Medical and sanitary report of the native army of Bengal for the year
Year: 1876
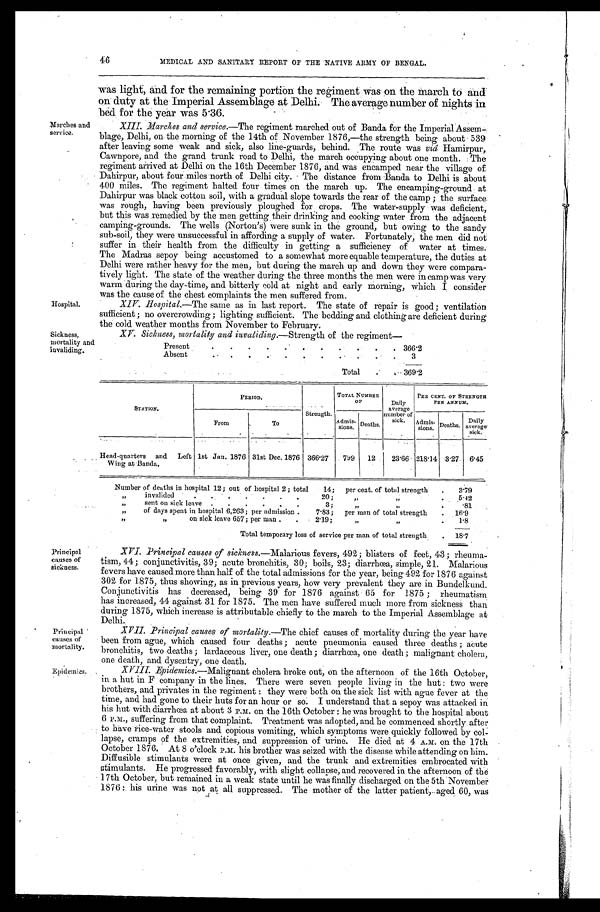
Principal
causes of
mortality.
Epidemics.
46
MEDICAL AND SANITARY REPORT OF THE NATIVE ARMY OF BENGAL.
Marches and
service.
Hospital.
was light, and for the remaining portion the regiment was on the march to and
on duty at the Imperial Assemblage at Delhi. The average number of nights in
bed for the year was 5.36.
XIII. Marches and service.—The regiment marched out of Banda for the Imperial Assem
-blage, Delhi, on the morning of the 14th of November 1876,—the strength being about 539
after leaving some weak and sick, also line-guards, behind. The route was vid Hamirpur,
Cawnpore, and the grand trunk road to Delhi, the march occupying about one month. The
regiment arrived at Delhi on the 16th December 1876, and was encamped near the village of.
Dahirpur, about four miles north of Delhi city. The distance from Banda to Delhi is about
400 miles. The regiment halted four times on the march up. The encamping-ground at
Dahirpur was black cotton soil, with a gradual slope towards the rear of the camp; the surface
was rough, having been previously ploughed for crops. The water-supply was deficient,
but this was remedied by the men getting their drinking and cooking water from the adjacent
camping-grounds. The wells (Norton's) Were sunk, in the ground, but owing to the sandy
sub-soil, they were unsuccessful in affording a supply of water. Fortunately, the men did not
suffer in their health from the difficulty in getting a sufficiency of water at times.
The Madras sepoy being accustomed to a somewhat more equable temperature, the duties at
Delhi were rather heavy for the men, but during the march up and down they were compara
-tively light. The state of the weather during the three months the men were in camp was very
warm during the day-time, and bitterly cold at night and early morning, which I consider
was the cause of the chest complaints the men suffered from.
XIV. Hospital.—The same as in last report. The state of repair is good; ventilation
sufficient; no overcrowding; lighting sufficient. The bedding and clothing are deficient during
the cold weather months from November to February.
Sickness,
mortality and
invaliding.
XV. Sickness, mortality and invaliding.— Strength of the regiment—
Present
.
.
. 366.2
Absent
.
.
.
3
Total . . . 369.2
STATION.
P E R I O D .
Strength.
TOTAL NUMBER
OF
Daily
average
number of
sick.
PER CENT. OF STRENGTH
PER ANNUM.
From
To
Admis-
sions. Deaths.
A d m i s - s i o n s . Deaths.
Dai l y aver age si ck.
Head-quarters and Left
Wing at Banda.
1st Jan. 1876 31st Dec. 1876 366.27
799
12
23.66 218.14 3.27 6.45
Number of deaths in hospital 12; out of hospital 2; total 14; per cent. of total strength . . .
3.79
" invalided 20; " " . . .
5.42
" sent on sick leave . . . 3; " " . . .
.81
"
of days spent in hospital 6,263; per admission..
7.83; per man of total strength . . .
.16.9
" " on sick leave 657; per man . . . 2.19; " "
1.8
Total temporary loss of service per man of total strength . . .
18.7
Principal
causes of
sickness.
XVI. Principal causes of sickness .—Malarious fevers, 492; blisters of feet, 43; rheuma
-tism, 44; conjunctivitis, 39; acute bronchitis, 30; boils, 23; diarrhœa, simple, 21. Malarious
fevers have caused more than half of the total admissions for the year, being 492 for 1876 against
302 for 1875, thus showing, as in previous years, how very prevalent they are in Bundelkund.
Conjunctivitis has decreased, being 39 for 1876 against 65 for 1875; rheumatism
has increased, 44 against 31 for 1875. The men have suffered much more from sickness than
during 1875, which increase is attributable chiefly to the march to the Imperial Assemblage at
Delhi.
XVII. Principal causes of mortality.— The chief causes of mortality during the year have
been from ague, which caused four deaths; acute pneumonia caused three deaths; acute
bronchitis, two .deaths; lardaceous liver, one death; diarrhœa, one death; malignant cholera,
one death, and dysentrv, one death.
XVIII. Epidemics .—Malignant cholera broke out, on the afternoon of the 16th October,
in a hut in F company in the lines. There were seven people living in the hut: two were
brothers, and privates in the regiment: they were both on the sick list with ague fever at the
time, and had gone to their huts for an hour or so. I understand that a sepoy was attacked in
his hut with diarrhœa at about 3 P.M. on the 16th October: he was brought to the hospital about
6 P.M., suffering from that complaint. Treatment was adopted, and he commenced shortly after
to have rice-water stools and copious vomiting, which symptoms were quickly followed by col
- l a p s e , c r a m p s o f t h e e x t r e m i t i e s , a n d s u p p r e s s i o n o f u r i n e . H e d i e d a t 4 A . M . o n t h e 1 7 t h
October 1876. At 8 o'clock P.M. his brother was seized with the disease while attending on him.
Diffusible stimulants were at once given, and the trunk and extremities embrocated with
Stimulants. He progressed favorably, with slight. collapse, and recovered in the afternoon of the
17th October, but remained in a weak state until be was finally discharged on the 5th November
1876: his urine was not at all suppressed. The mother of the latter patient, aged 60, was